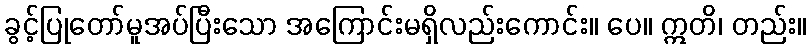
ခွင့်ပြုတော်မူအပ်ပြီးသော အကြောင်းမရှိလည်းကောင်း။ ပေ။ ဣတိ၊ တည်း။